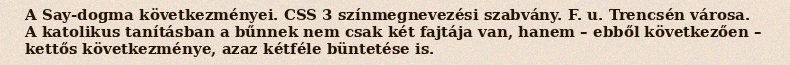
A Say-dogma következményei. CSS 3 színmegnevezési szabvány. F. u. Trencsén városa. A katolikus tanításban a bűnnek nem csak két fajtája van, hanem – ebből következően – kettős következménye, azaz kétféle büntetése is.